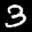
Label: 3